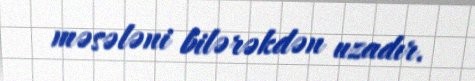
məsələni bilərəkdən uzadır.